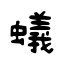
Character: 蟻